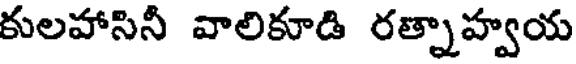
కులహాసినీ వాలికూడి రత్నాహ్వయ